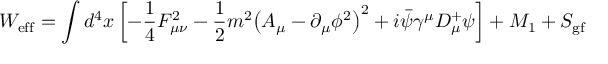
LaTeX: W _ { \mathrm { e f f } } = \int d ^ { 4 } x \left[ - \frac { 1 } { 4 } F _ { \mu \nu } ^ { 2 } - \frac { 1 } { 2 } m ^ { 2 } { \left( A _ { \mu } - { \partial _ { \mu } \phi ^ { 2 } } \right) } ^ { 2 } + i \bar { \psi } \gamma ^ { \mu } D _ { \mu } ^ { + } \psi \right] + M _ { 1 } + S _ { \mathrm { g f } }